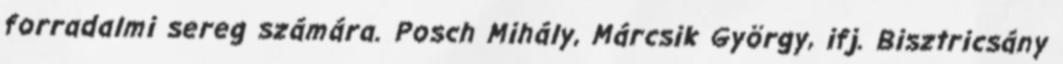
forradalmi sereg számára. Posch Mihály, Márcsik György, ifj. Bisztricsány